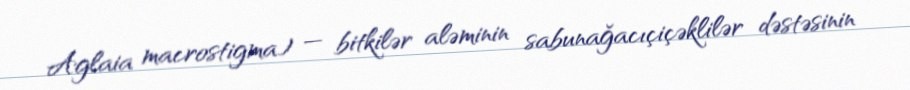
Aglaia macrostigma) — bitkilər aləminin sabunağacıçiçəklilər dəstəsinin